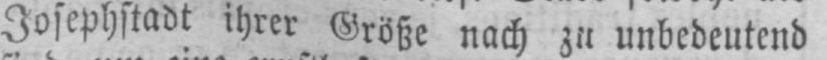
Josephstadt ihrer Größe nach zu unbedeutend